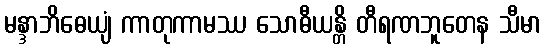
မန္ဒာဘိဓေယျံ ကာတုကာမဿ သောဓီယန္တိ တီရဏဘူတေန သီမာ